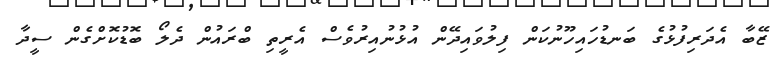
ޒޭބާ އެދަރިފުޅުގެ ބަނޑުހައިހޫނުކަން ފިލުވައިދޭން އުޅުނުއިރުވެސް އެރީތި ބްރައުން ދެލޯ ބޮޑުކޮށްގެން ސީދާ